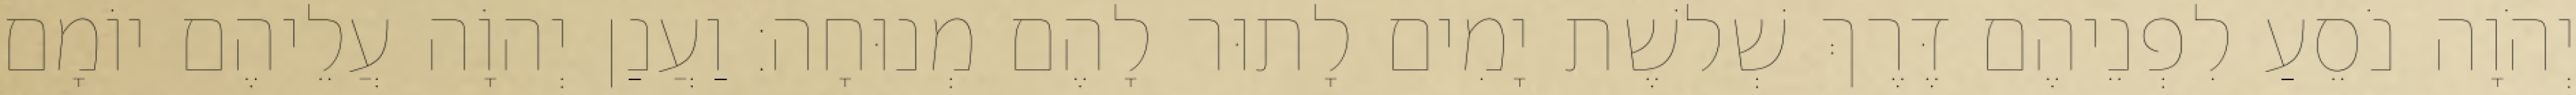
יְהֹוָה נֹסֵעַ לִפְנֵיהֶם דֶּרֶךְ שְׁלשֶׁת יָמִים לָתוּר לָהֶם מְנוּחָה׃ וַעֲנַן יְהוָֹה עֲלֵיהֶם יוֹמָם